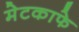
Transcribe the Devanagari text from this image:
मेटकाफे